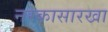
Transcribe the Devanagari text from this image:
नरकासारखा